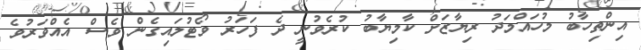
އިންތިހާބު މުހައްމަދު ރިޔާޒަށް ކާމިޔާބު ކުރެވުނީ ދެ ފަހަރު ވޯޓުލައިގެން ވެސް އެއްވަރުވެ